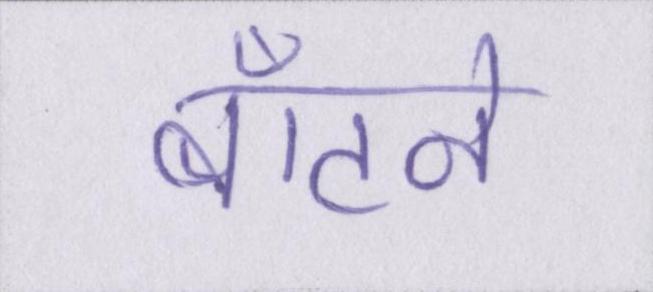
बाँटने